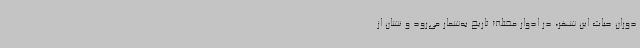
دوران حیات این شهر، در ادوار مختلف تاریخ به‌شمار می‌رود و نشان‌ از